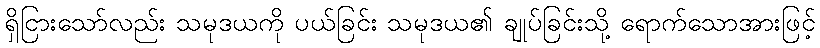
ရှိငြားသော်လည်း သမုဒယကို ပယ်ခြင်း သမုဒယ၏ ချုပ်ခြင်းသို့ ရောက်သောအားဖြင့်